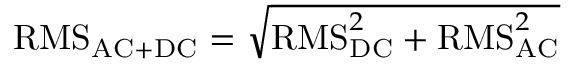
{ \mathrm { R M S } } _ { \mathrm { A C + D C } } = { \sqrt { { \mathrm { R M S } } _ { \mathrm { D C } } ^ { 2 } + { \mathrm { R M S } } _ { \mathrm { A C } } ^ { 2 } } }